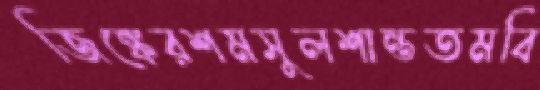
জিঙ্কেরশমসুলশান্ততমবি